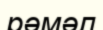
рәмәл